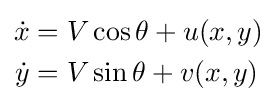
{\begin{aligned}{\dot {x}}&=V\cos \theta +u(x,y)\\{\dot {y}}&=V\sin \theta +v(x,y)\end{aligned}}